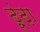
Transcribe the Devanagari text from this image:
ढ़ूंढ़ा